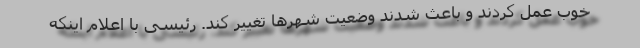
خوب عمل کردند و باعث شدند وضعیت شهرها تغییر کند. رئیسی با اعلام اینکه